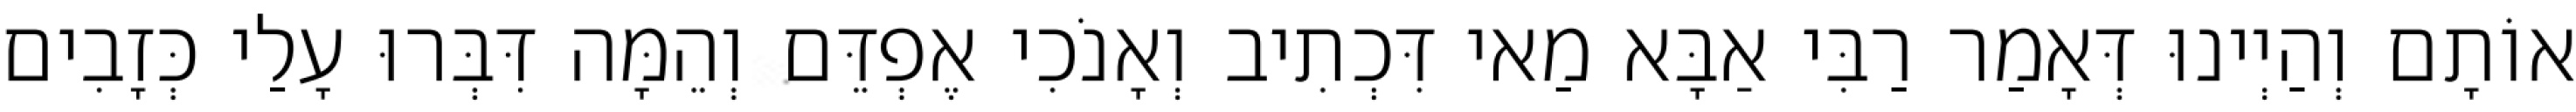
אוֹתָם וְהַיְינוּ דְּאָמַר רַבִּי אַבָּא מַאי דִּכְתִיב וְאָנֹכִי אֶפְדֵּם וְהֵמָּה דִּבְּרוּ עָלַי כְּזָבִים